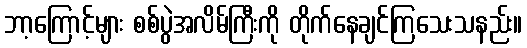
ဘာ့ကြောင့်များ စစ်ပွဲအလိမ်ကြီးကို တိုက်နေချင်ကြသေးသနည်း။